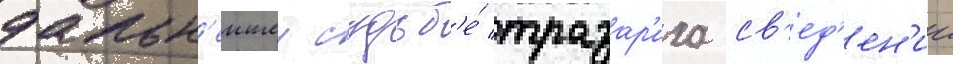
дальн'еишеи судьб'е́ тразар'иха св'ед'ен'ии